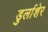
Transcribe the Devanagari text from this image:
डुर्लाशेर